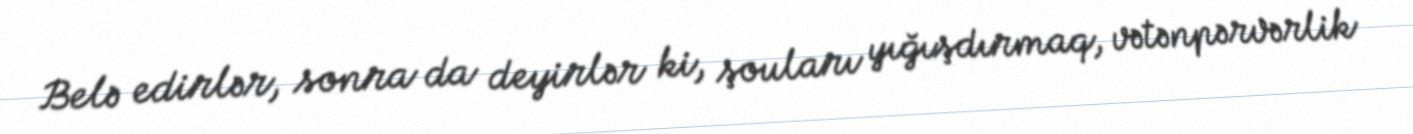
Belə edirlər, sonra da deyirlər ki, şouları yığışdırmaq, vətənpərvərlik